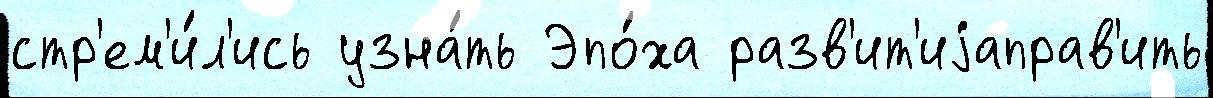
стр'ем'и́л'ись узна́ть Эпо́ха разв'ит'иjаправ'ить